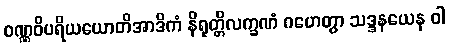
ဝဏ္ဏဝိပရိယယောတိအာဒိကံ နိရုတ္တိလက္ခဏံ ဂဟေတွာ သဒ္ဒနယေန ဝါ